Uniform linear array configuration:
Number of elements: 12
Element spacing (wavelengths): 0.75
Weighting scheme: uniform
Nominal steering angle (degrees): -45
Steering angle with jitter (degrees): -46.731
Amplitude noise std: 0.05
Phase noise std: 0.05

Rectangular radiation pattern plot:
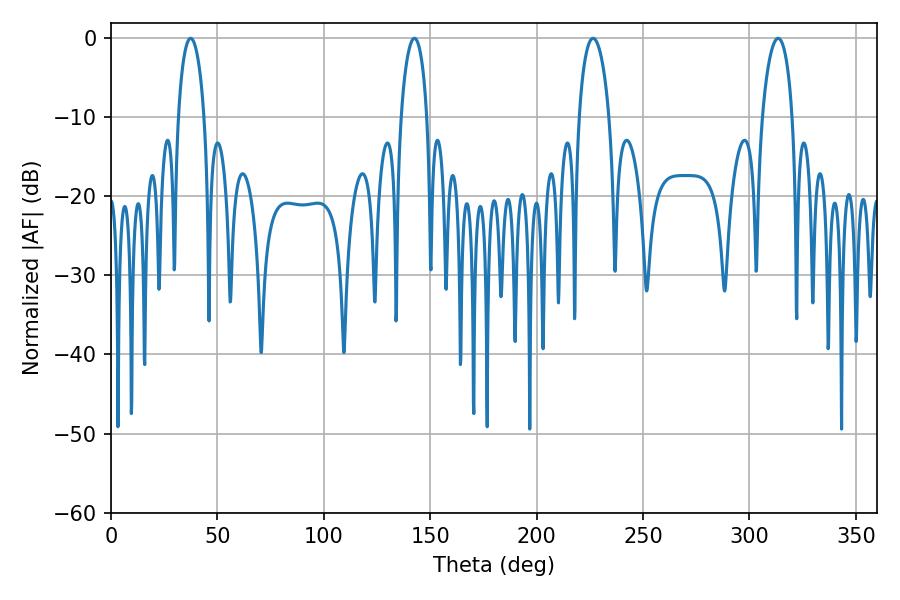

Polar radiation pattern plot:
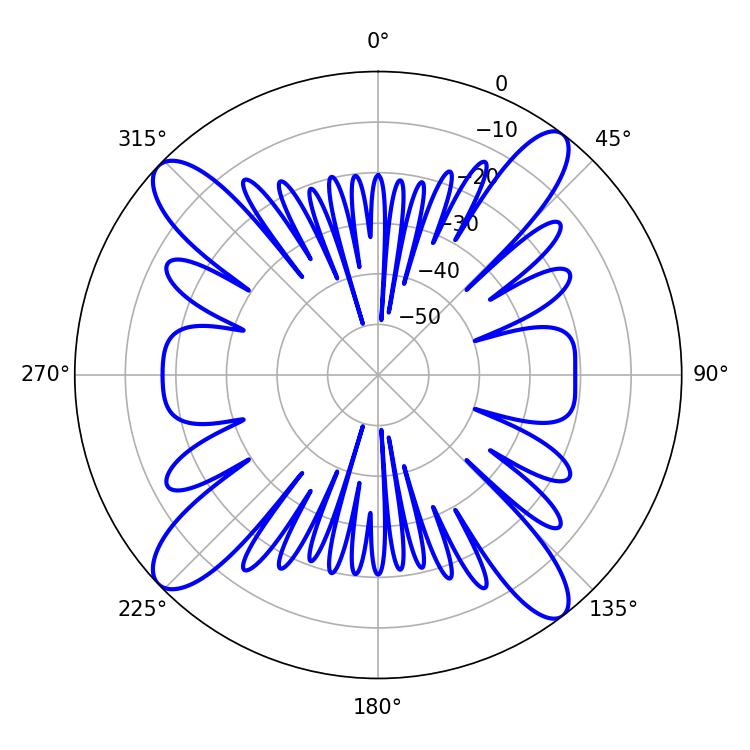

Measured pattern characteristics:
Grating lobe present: TRUE
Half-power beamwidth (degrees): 7.02
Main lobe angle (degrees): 37.44